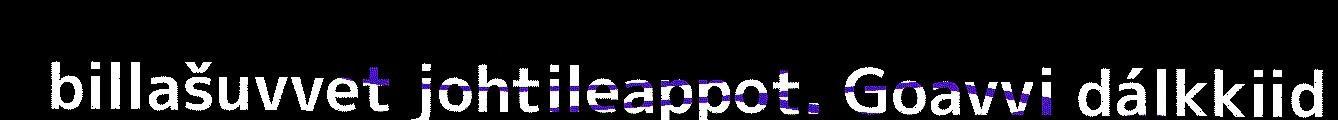
billašuvvet johtileappot. Goavvi dálkkiid